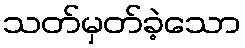
သတ်မှတ်ခဲ့သော